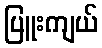
ပြူးကျယ်